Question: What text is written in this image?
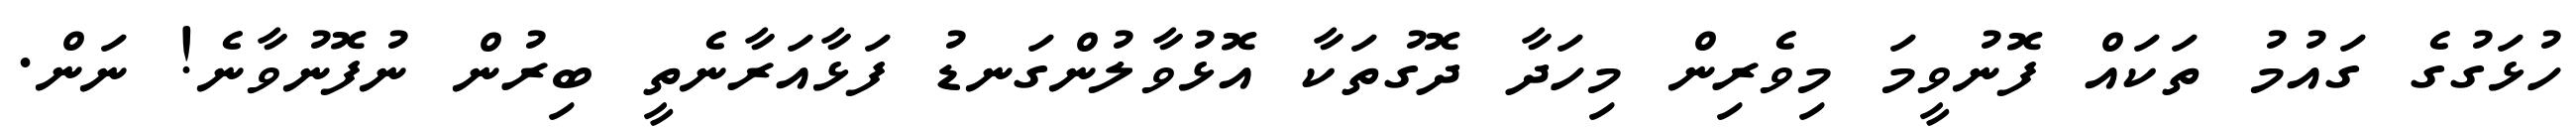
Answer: ހުޅަގުގެ ގައުމު ތަކައް ފޮނުވީމަ މިވެރިން މިހަދާ ދޮގުތަކާ އޮޅުވާލުންގަނޑު ފަޅާއަރާނެތީ ބިރުން ނުފޮނުވާނެ! ނަން.